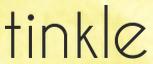
tinkle